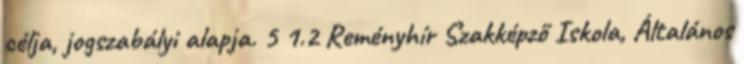
célja, jogszabályi alapja. 5 1.2 Reményhír Szakképző Iskola, Általános